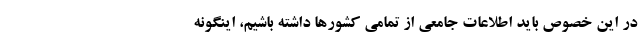
در این خصوص باید اطلاعات جامعی از تمامی کشورها داشته باشیم، اینگونه